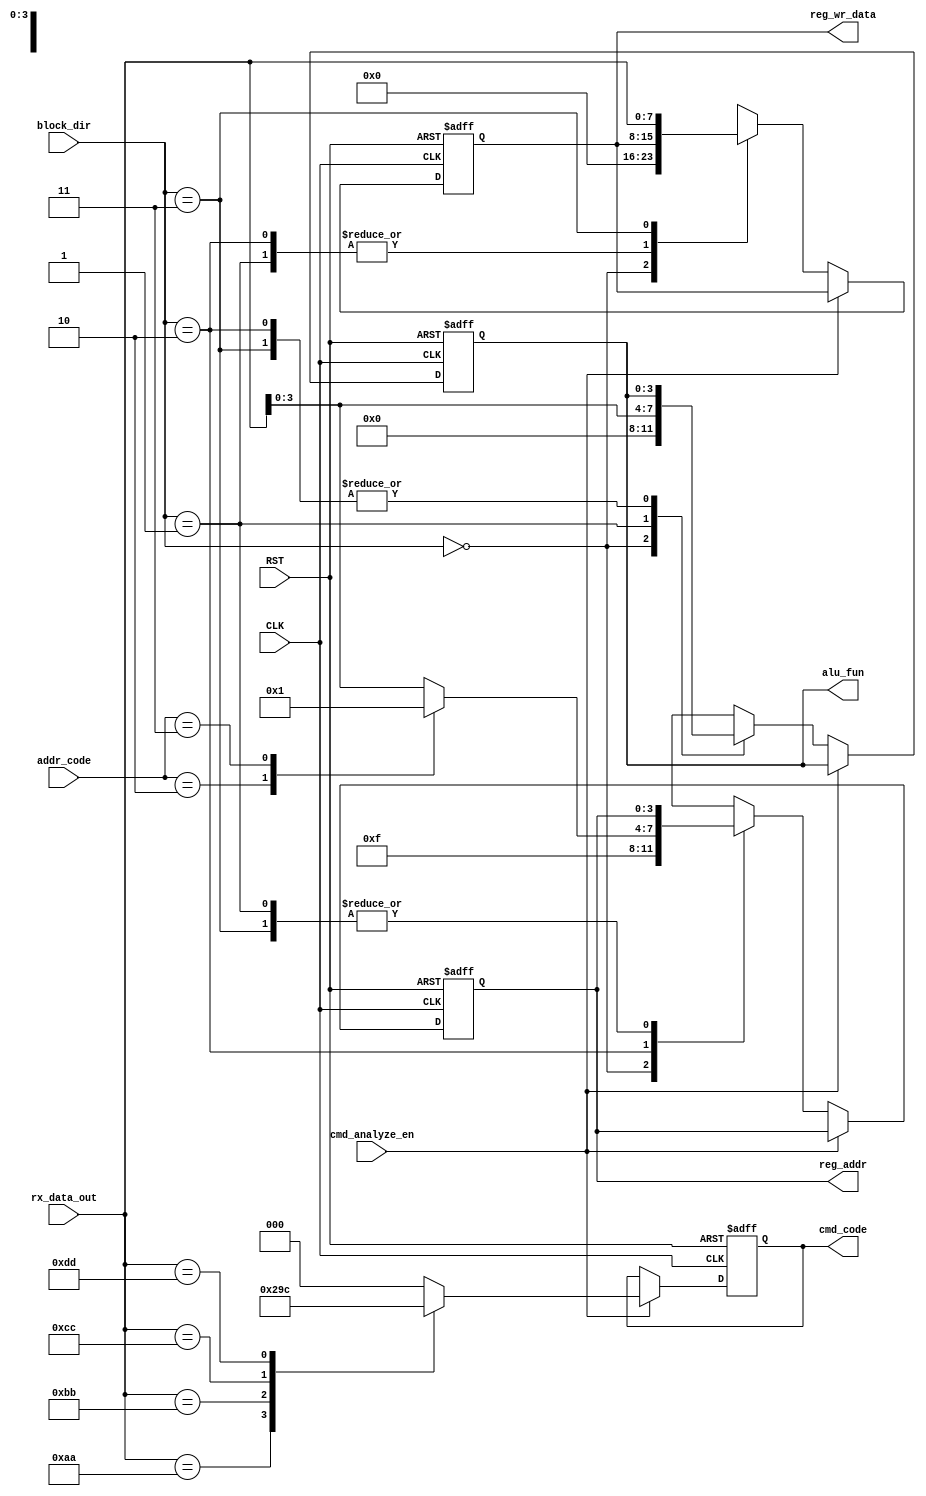
`timescale 1ns / 1ps
//////////////////////////////////////////////////////////////////////////////////
// Company: 
// Engineer: 
// 
// Design Name: 
// Module Name: FRM_ANLZ (CRTL_SYS)
// Project Name: LowPowerMultiClockDigtialCommuSys
// Target Devices: 
// Tool Versions: 
// Description: 
// 
// Dependencies: 
// 
// Revision:
// Revision 0.01 - File Created
// Additional Comments:
// 
//////////////////////////////////////////////////////////////////////////////////
module FRM_ANLZ #(
    parameter DATA_WIDTH    = 8,
    parameter ADDR_WIDTH    = 4,
    parameter ALU_FUN_WIDTH = 4   
    ) (
    input   wire                            CLK,
    input   wire                            RST,
    input   wire    [DATA_WIDTH-1    : 0]   rx_data_out,
    input   wire                            cmd_analyze_en,
    input   wire    [1               : 0]   block_dir,
    input   wire    [1               : 0]   addr_code,
    output  reg     [2               : 0]   cmd_code,
    output  reg     [ALU_FUN_WIDTH-1 : 0]   alu_fun,
    output  reg     [DATA_WIDTH-1    : 0]   reg_wr_data,
    output  reg     [ADDR_WIDTH-1    : 0]   reg_addr
    );

    reg             [ADDR_WIDTH-1    : 0]   addr_out;


    always @(posedge CLK, negedge RST)
    begin
        if(~RST) begin
            cmd_code     <= 'h0;
            alu_fun      <= 'h0;
            reg_wr_data  <= 'h0;
            reg_addr     <= 'h0;
        end
        else if(cmd_analyze_en) begin
            case(rx_data_out)
                'hAA:   cmd_code <= 3'b001;     //reg write command
                'hBB:   cmd_code <= 3'b010;     //reg read command
                'hCC:   cmd_code <= 3'b011;     //alu fun command with operands
                'hDD:   cmd_code <= 3'b100;     //alu fun command with no operands
                default:cmd_code <= 3'b000;
            endcase
        end
        else begin
            case(block_dir)     // to direect the data frames from RX
                2'b00   :begin
                            alu_fun      <= 'h0;
                            reg_wr_data  <= 'h0;
                            reg_addr     <= 'hFF;
                        end
                2'b01:  begin // alu_fun (TO ALU)
                            alu_fun      <= rx_data_out[3:0];
                            reg_wr_data  <= reg_wr_data;
                            reg_addr     <= reg_addr;
                        end
                2'b10:  begin // reg_addr (TO REG ADDRESS PINS)
                            alu_fun      <= alu_fun;
                            reg_wr_data  <= reg_wr_data;
                            reg_addr     <= addr_out;
                        end
                2'b11:  begin // reg_wr_data (TO REG DATA PINS)
                            alu_fun      <= alu_fun;
                            reg_wr_data  <= rx_data_out;
                            reg_addr     <= reg_addr;
                        end
                default:begin
                            alu_fun      <= 'h0;
                            reg_wr_data  <= 'h0;
                            reg_addr     <= 'hFF;
                        end
            endcase
        end
    end


    always @(*)
    begin
        case(addr_code) // to detemine address of based on given command
            2'b01:    addr_out = rx_data_out;   // any write or read address (not 0x0 or 0x1)
            2'b10:    addr_out = 'h00;          // operand 1 address
            2'b11:    addr_out = 'h01;          // operand 2 address
            default:  addr_out = rx_data_out;
        endcase
    end



endmodule